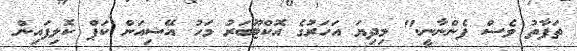
ތަފާތު ވެސް ފެންނާނީ." މިދިޔަ އަހަރުގެ އޮކްޓޫބަރު މަހު އޭޝިއަން ކަޕް ކޮލިފައިން